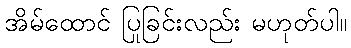
အိမ်ထောင် ပြုခြင်းလည်း မဟုတ်ပါ။